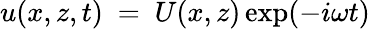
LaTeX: u(x,z,t)~=~U(x,z)\exp(-i\omega t)